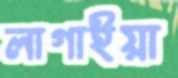
লাগাইয়া